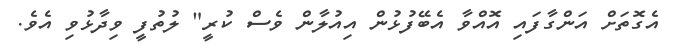
އެގޮތަށް އަންގާފައި އޮއްވާ އެބޭފުޅުން އިއުލާން ވެސް ކުރީ" ލުތުފީ ވިދާޅުވި އެވެ.